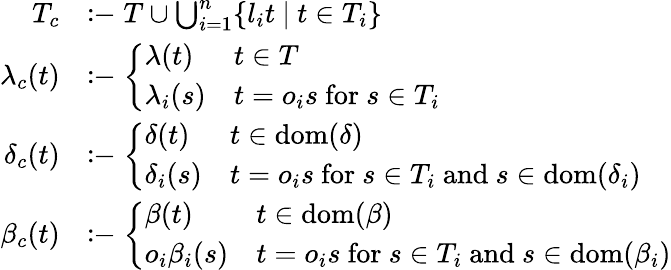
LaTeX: \begin{array}{rl}{T_{c}}&{\coloneq T\cup\bigcup_{i=1}^{n}\{ l_{i}t~|~t\in T_{i}\} }\\ {\lambda_{c}(t)}&{\coloneq\left\{ \begin{array}{ll}{\lambda(t)}&{t\in T}\\ {\lambda_{i}(s)}&{t=o_{i}s\mathrm{~for~}s\in T_{i}}\end{array}\right.}\\ {\delta_{c}(t)}&{\coloneq\left\{ \begin{array}{ll}{\delta(t)}&{t\in\mathrm{dom}(\delta)}\\ {\delta_{i}(s)}&{t=o_{i}s\mathrm{~for~}s\in T_{i}\mathrm{~and~}s\in\mathrm{dom}(\delta_{i})}\end{array}\right.}\\ {\beta_{c}(t)}&{\coloneq\left\{ \begin{array}{ll}{\beta(t)}&{t\in\mathrm{dom}(\beta)}\\ {o_{i}\beta_{i}(s)}&{t=o_{i}s\mathrm{~for~}s\in T_{i}\mathrm{~and~}s\in\mathrm{dom}(\beta_{i})}\end{array}\right.}\end{array}